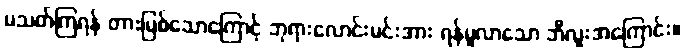
မသတ်ကြရန် တားမြစ်သောကြောင့် ဘုရားလောင်းမင်းအား ရန်မူလာသော ဘီလူးအကြောင်း။